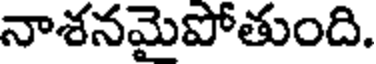
నాశనమైపోతుంది.